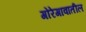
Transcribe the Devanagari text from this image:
गोरेगावातील